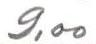
9,00